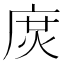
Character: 𢉙